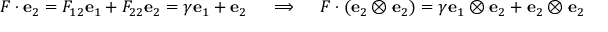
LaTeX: { \boldsymbol { F } } \cdot \mathbf { e } _ { 2 } = F _ { 1 2 } \mathbf { e } _ { 1 } + F _ { 2 2 } \mathbf { e } _ { 2 } = \gamma \mathbf { e } _ { 1 } + \mathbf { e } _ { 2 } \quad \implies \quad { \boldsymbol { F } } \cdot ( \mathbf { e } _ { 2 } \otimes \mathbf { e } _ { 2 } ) = \gamma \mathbf { e } _ { 1 } \otimes \mathbf { e } _ { 2 } + \mathbf { e } _ { 2 } \otimes \mathbf { e } _ { 2 }